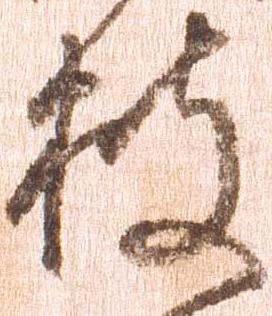
披